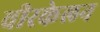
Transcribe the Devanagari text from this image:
वीरकेलन